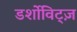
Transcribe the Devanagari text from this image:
डर्शोविट्ज़